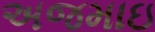
અજમાઇ